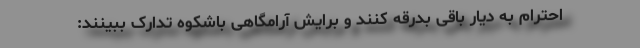
احترام به دیار باقی بدرقه کنند و برایش آرامگاهی باشکوه تدارک ببینند: